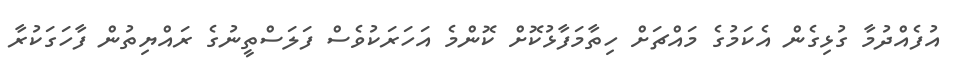
އުފެއްދުމާ ގުޅިގެން އެކަމުގެ މައްޗަށް ހިތާމަފާޅުކޮށް ކޮންމެ އަހަރަކުވެސް ފަލަސްތީނުގެ ރައްޔިތުން ފާހަގަކުރާ